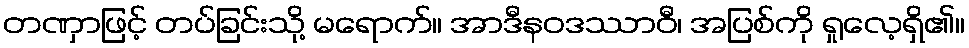
တဏှာဖြင့် တပ်ခြင်းသို့ မရောက်။ အာဒီနဝဒဿာဝီ၊ အပြစ်ကို ရှုလေ့ရှိ၏။